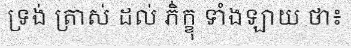
ទ្រង់ ត្រាស់ ដល់ ភិ់ក្ខុ ទាំងឡាយ ថា៖